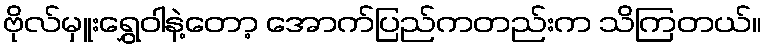
ဗိုလ်မှူးရွှေဝါနဲ့တော့ အောက်ပြည်ကတည်းက သိကြတယ်။